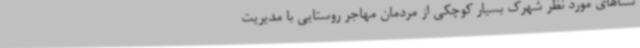
ستاهای مورد نظر شهرک بسیار کوچکی از مردمان مهاجر روستایی با مدیریت